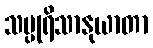
သပ္ပုရိသာနုယာတာ